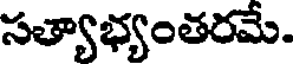
సత్యాభ్యంతరమే.